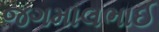
જગમાલભાઈ